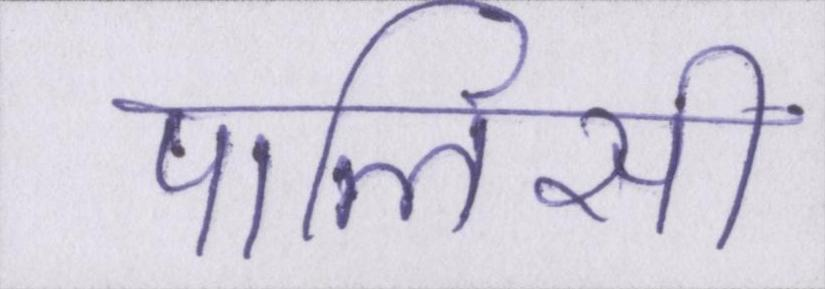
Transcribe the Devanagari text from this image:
पालिसी